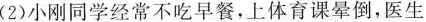
(2)小刚同学经常不吃早餐，上体育课晕倒，医生